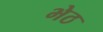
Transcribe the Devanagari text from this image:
भेठ